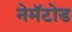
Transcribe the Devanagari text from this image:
नेमॅटोड